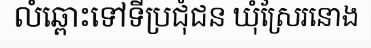
លំឆ្ពោះទៅទីប្រជុំជន ឃុំស្រែរនោង